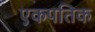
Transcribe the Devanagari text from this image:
एकपतिक